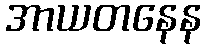
အာယတနေန